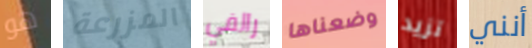
هو المزرعة رالفي وضعناها تزيد أنني